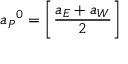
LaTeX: { a _ { P } } ^ { 0 } = \left[ { \frac { a _ { E } + a _ { W } } { 2 } } \right]